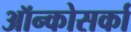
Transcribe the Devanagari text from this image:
ऑन्कोसर्का